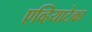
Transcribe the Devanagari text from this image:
एव्हियाटेका